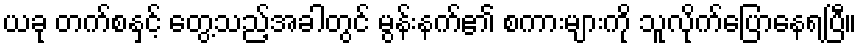
ယခု တက်စနှင့် တွေ့သည့်အခါတွင် မွန်းနက်၏ စကားများကို သူလိုက်ပြောနေရပြီ။